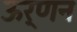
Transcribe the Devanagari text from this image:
ऊर्णन